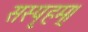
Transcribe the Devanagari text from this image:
सस्पृहम्।